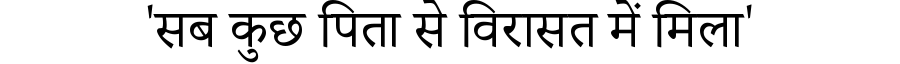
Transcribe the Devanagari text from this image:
'सब कुछ पिता से विरासत में मिला'